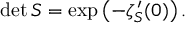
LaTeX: \operatorname* { d e t } S = \exp \left( - \zeta _ { S } ^ { \prime } ( 0 ) \right) .